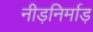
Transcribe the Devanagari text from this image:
नीड़निर्माड़